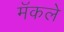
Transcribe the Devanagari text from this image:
मॅकले